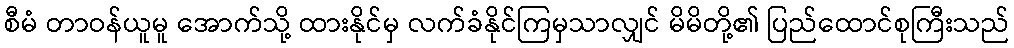
စီမံ တာဝန်ယူမူ အောက်သို့ ထားနိုင်မှ လက်ခံနိုင်ကြမှသာလျှင် မိမိတို့၏ ပြည်ထောင်စုကြီးသည်